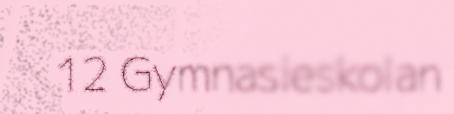
12 Gymnasieskolan